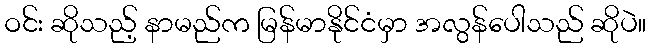
ဝင်း ဆိုသည့် နာမည်က မြန်မာနိုင်ငံမှာ အလွန်ပေါသည် ဆိုပဲ။